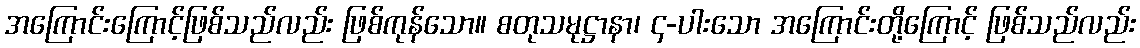
အကြောင်းကြောင့်ဖြစ်သည်လည်း ဖြစ်ကုန်သော။ စတုသမုဋ္ဌာနာ၊ ၄-ပါးသော အကြောင်းတို့ကြောင့် ဖြစ်သည်လည်း